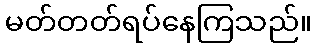
မတ်တတ်ရပ်နေကြသည်။